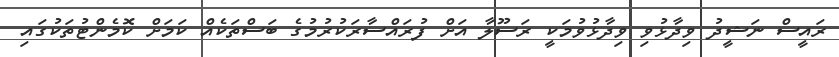
ރައީސް ނަޝީދު ވިދާޅުވި ވިދާޅުވުމަކީ ރަސޫލާ އަށް ފުރައްސާރަކުރުމުގެ ބަސްތަކެއް ކަމަށް ކޮމެންޓުތަކުގައި